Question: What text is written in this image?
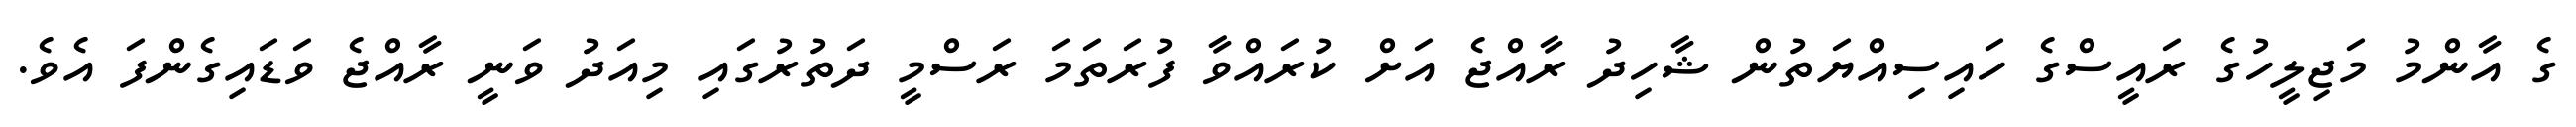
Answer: ގެ އާންމު މަޖިލީހުގެ ރައީސްގެ ހައިސިއްޔަތުން ޝާހިދު ރާއްޖެ އަށް ކުރައްވާ ފުރަތަމަ ރަސްމީ ދަތުރުގައި މިއަދު ވަނީ ރާއްޖެ ވަޑައިގެންފަ އެވެ.